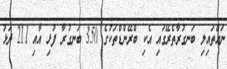
ނައްތައިލި ބަނގުރާތެރޭގައި އެކި ބްރޭންޑްތަކުގެ 350 ބަނގުރާ ފުޅި އާއި 211 ދަޅު